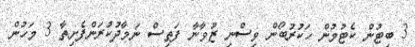
3 ބިޓުން ކެޓުމުން ހަކުރުުބޯން ވިސްނި ޒުވާނާ ފަތިސް ނަމާދުކުރަންފެށިތާ 3 މަހުން